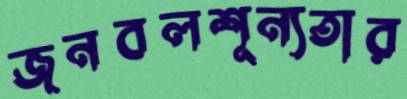
জনবলশূন্যতার